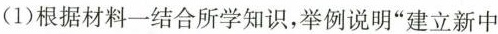
(1)根据材料一结合所学知识，举例说明”建立新中